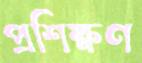
প্রশিক্ষণ